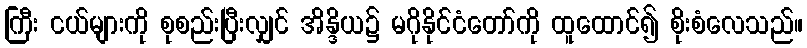
ကြီး ငယ်များကို စုစည်းပြီးလျှင် အိန္ဒိယ၌ မဂိုနိုင်ငံတော်ကို ထူထောင်၍ စိုးစံလေသည်။